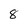
Character: 8